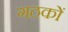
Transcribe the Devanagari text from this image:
गठकों